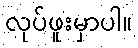
လုပ်ဖူးမှာပါ။